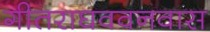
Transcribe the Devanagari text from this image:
गीतराघववनवास